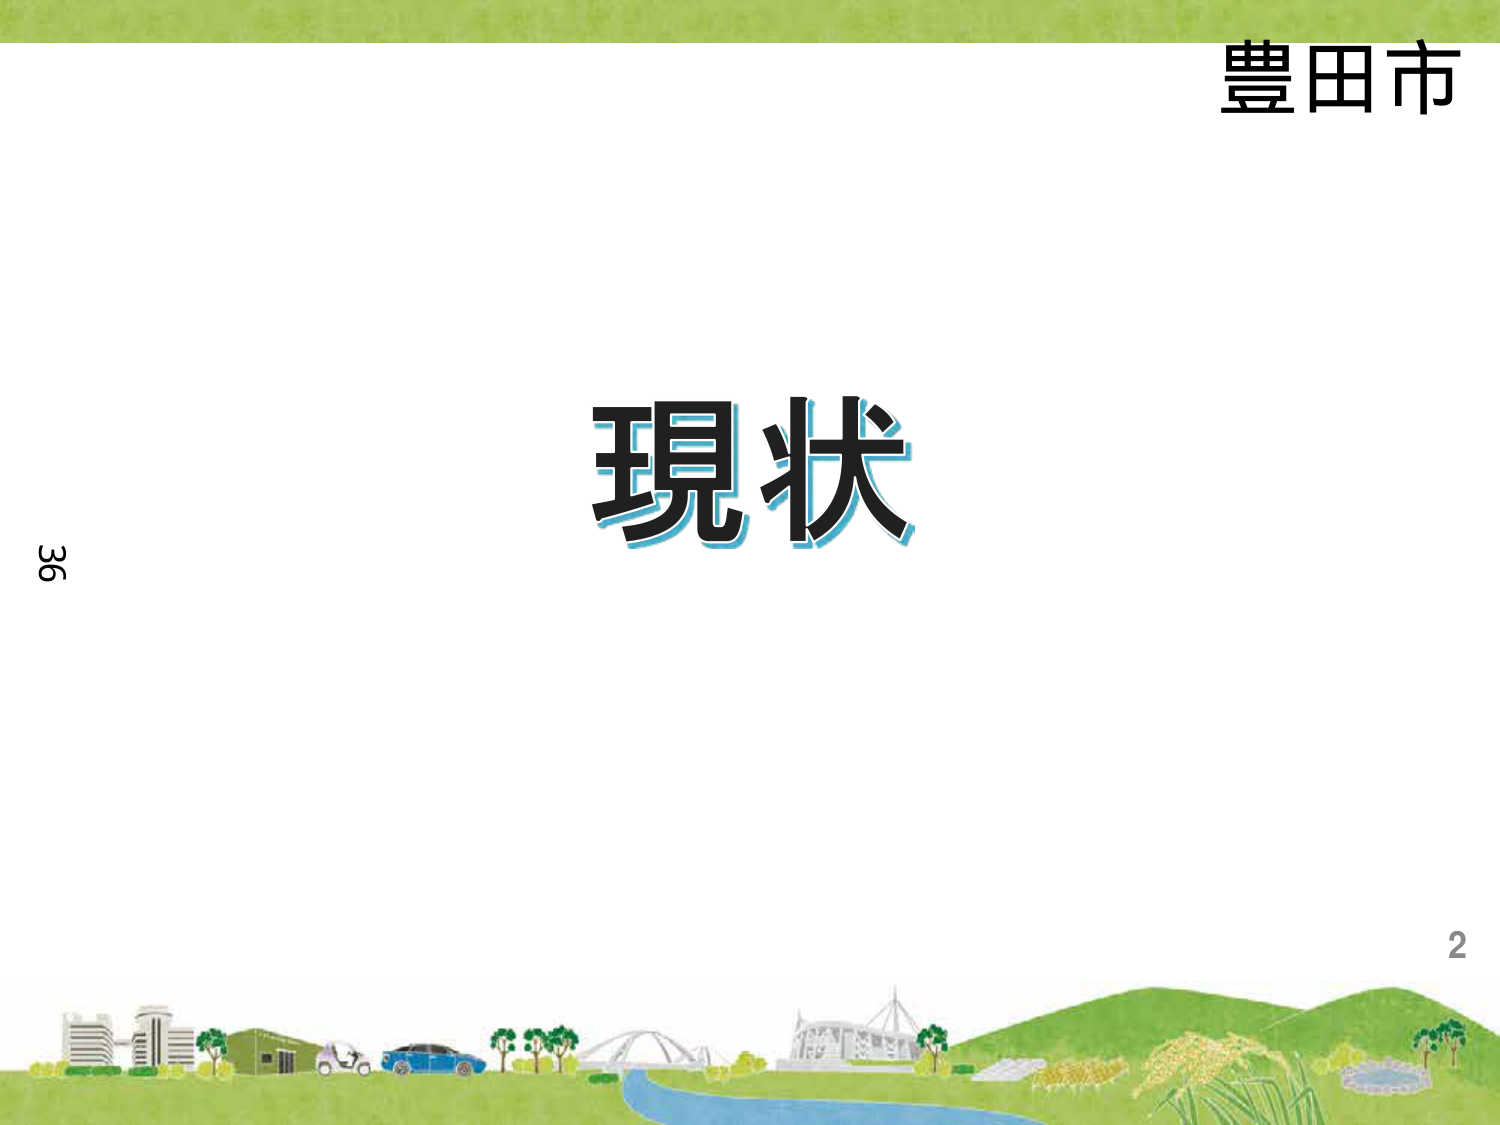
豊田市
現状
36
2